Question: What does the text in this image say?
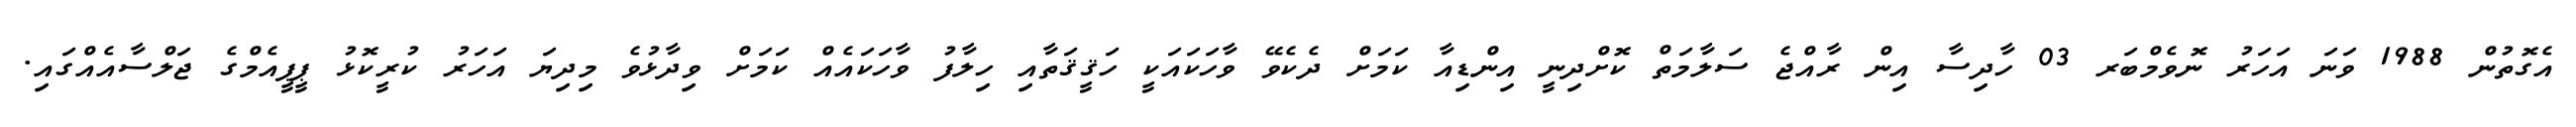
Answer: އެގޮތުން 1988 ވަނަ އަހަރު ނޮވެމްބަރ 03 ހާދިސާ އިން ރާއްޖެ ސަލާމަތް ކޮށްދިނީ އިންޑިއާ ކަމަށް ދެކެވޭ ވާހަކައަކީ ހަޤީޤަތާއި ހިލާފު ވާހަކައެއް ކަމަށް ވިދާޅުވެ މިދިޔަ އަހަރު ކުރީކޮޅު ޕީޕީއެމްގެ ޖަލްސާއެއްގައި.